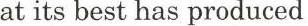
at its best has produced